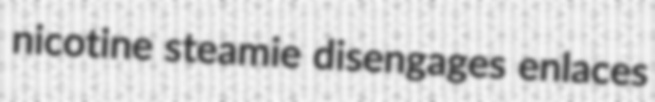
nicotine steamie disengages enlaces